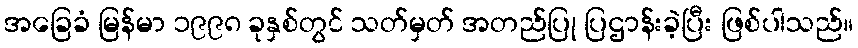
အခြေခံ မြန်မာ ၁၉၉၈ ခုနှစ်တွင် သတ်မှတ် အတည်ပြု ပြဌာန်းခဲ့ပြီး ဖြစ်ပါသည်။